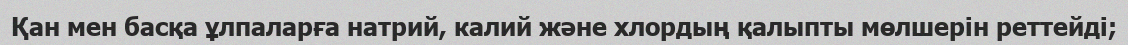
Қан мен басқа ұлпаларға натрий, калий және хлордың қалыпты мөлшерін реттейді;